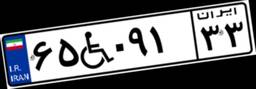
۶۵W۰۹۱۳۳